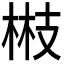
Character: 𭪘